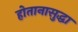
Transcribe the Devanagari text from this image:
होतानासुद्धा